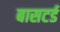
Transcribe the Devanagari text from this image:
बासटर्ड